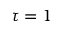
\tau = 1